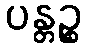
ပန္တဉ္စ